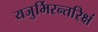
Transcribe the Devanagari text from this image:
यजुर्भिरन्तरिक्षं